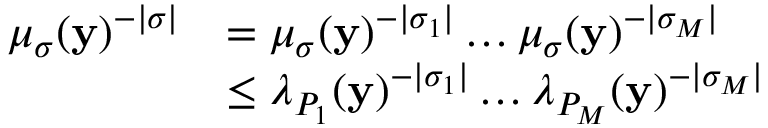
\begin{array} { r l } { \mu _ { \boldsymbol { \sigma } } ( \mathbf { y } ) ^ { - | \boldsymbol { \sigma } | } } & { = \mu _ { \boldsymbol { \sigma } } ( \mathbf { y } ) ^ { - | \sigma _ { 1 } | } \dots \mu _ { \boldsymbol { \sigma } } ( \mathbf { y } ) ^ { - | \sigma _ { M } | } } \\ & { \le \lambda _ { P _ { 1 } } ( \mathbf { y } ) ^ { - | \sigma _ { 1 } | } \dots \lambda _ { P _ { M } } ( \mathbf { y } ) ^ { - | \sigma _ { M } | } } \end{array}